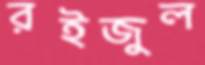
রইজুল